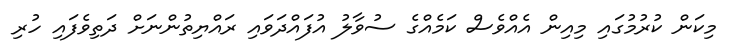
މިކަން ކުރުމުގައި މިއިން އެއްވެސް ކަމެއްގެ ސުވާލު އުފައްދަވައި ރައްޔިތުންނަށް ދަތިވެފައި ހުރި